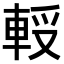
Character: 𨋻